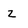
Character: z